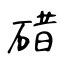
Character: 碏